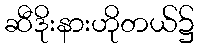
ဆီဒိုးနားဟိုတယ်၌